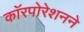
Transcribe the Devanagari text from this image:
काॅरपोरेशनने